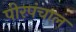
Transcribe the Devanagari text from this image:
पीरपंचाल